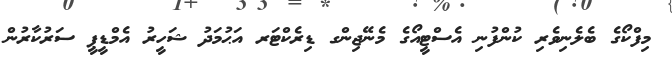
މިފްކޯގެ ބެލެނިވެރި ކުންފުނި އެސްޓީއޯގެ މެނޭޖިންގ ޑިރެކްޓަރ އަޙުމަދު ޝަހީރު އެމްޑީޕީ ސަރުކާރުން